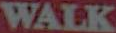
WALK